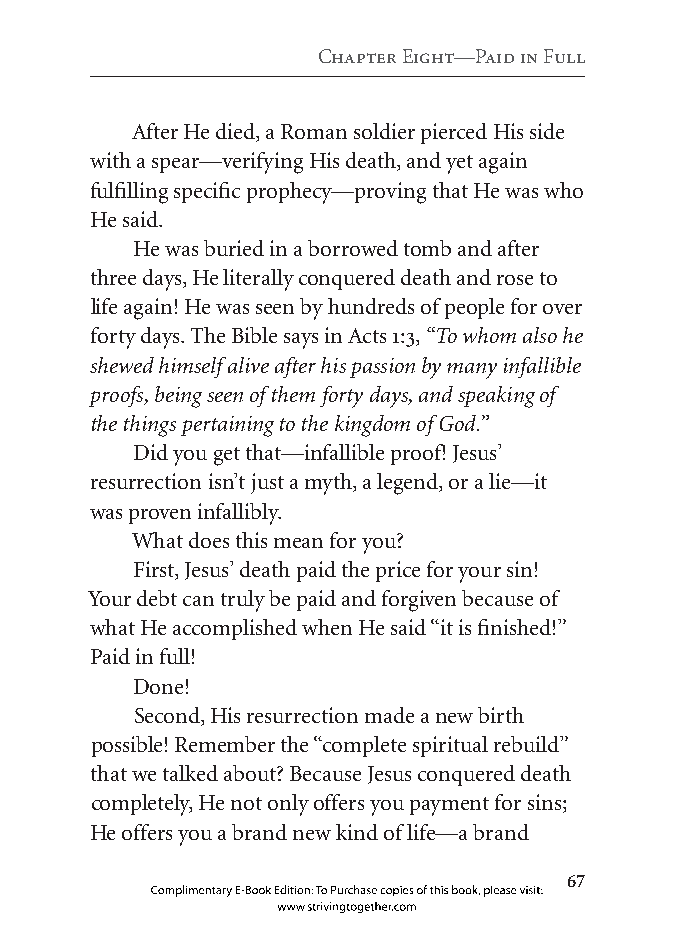
Chapter eight—Paid in full
 After He died, a Roman soldier pierced His side
 with a spear—verifying His death, and yet again
 fulfilling specific prophecy—proving that He was who
 He said.
 He was buried in a borrowed tomb and after
 three days, He literally conquered death and rose to
 life again! He was seen by hundreds of people for over
 forty days. The Bible says in Acts 1:3, “To whom also he
 shewed himself alive after his passion by many infallible
 proofs, being seen of them forty days, and speaking of
 the things pertaining to the kingdom of God.”
 Did you get that—infallible proof! Jesus’
 resurrection isn’t just a myth, a legend, or a lie—it
 was proven infallibly.
 What does this mean for you?
 First, Jesus’ death paid the price for your sin!
 Your debt can truly be paid and forgiven because of
 what He accomplished when He said “it is finished!”
 Paid in full!
 Done!
 Second, His resurrection made a new birth
 possible! Remember the “complete spiritual rebuild”
 that we talked about? Because Jesus conquered death
 completely, He not only offers you payment for sins;
 He offers you a brand new kind of life—a brand
 
 Complimentary E-Book Edition: To Purchase copies of this book, please visit:
 www.strivingtogether.com